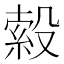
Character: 𭮹